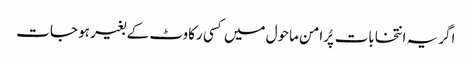
اگر یہ انتخابات پُرامن ماحول میں کسی رکاوٹ کے بغیر ہو جات